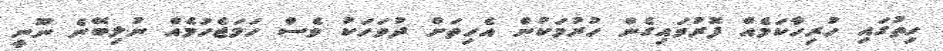
ހިތުގައި ހުރިހާކަމެއް ފޮރުވައިގެން ހުރުމަކުން އެހިތަށް ދުވަހަކު ވެސް ހަމަޖެހުމެއް ނުލިބޭނެ ނޫނީ